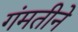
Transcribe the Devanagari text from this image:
गंमतीने